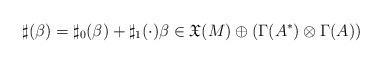
LaTeX: \begin{align*}\sharp(\beta)=\sharp_0(\beta)+\sharp_1(\cdot)\beta\in\mathfrak{X}(M)\oplus(\Gamma(A^*)\otimes\Gamma(A))\end{align*}